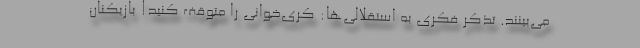
می‌بینند. تذکر فکری به استقلالی‌ها: کری‌خوانی را متوقف کنید! بازیکنان